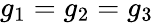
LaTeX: g_{1}=g_{2}=g_{3}